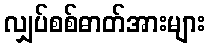
လျှပ်စစ်ဓာတ်အားများ